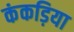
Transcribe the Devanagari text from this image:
कंकड़िया